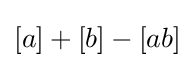
[a]+[b]-[ab]